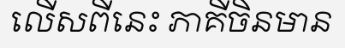
លើសពីនេះ ភាគីចិនមាន